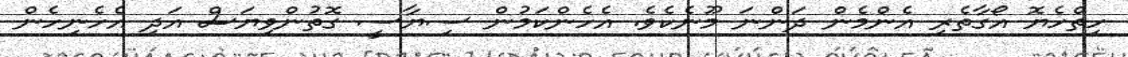
ހިތްހެޔޮ އޯގާތެރި އެންމެން ދަންނަ މޫނެކެވެ. އެހެންކަމުން ސިޔާސީ ގޮތުންވިޔަސް އަދި އެހެނިހެން